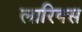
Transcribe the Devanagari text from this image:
लारिक्स